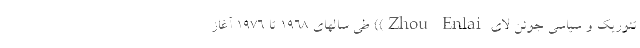
تئوریک و سیاسی جُوئن لای Zhou Enlai)) طی سالهای 1968 تا 1976 آغاز